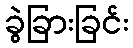
ခွဲခြားခြင်း